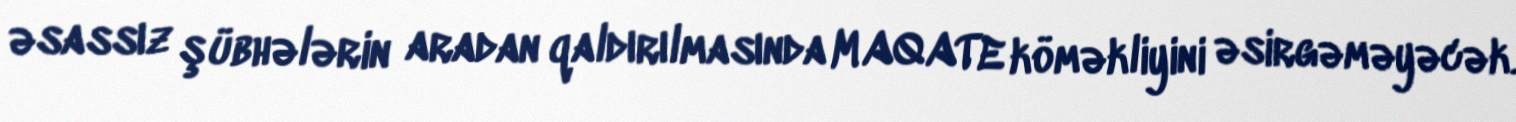
əsassız şübhələrin aradan qaldırılmasında MAQATE köməkliyini əsirgəməyəcək.